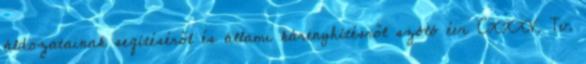
áldozatainak segítéséről és állami kárenyhítésről szóló évi CXXXV. Tv.